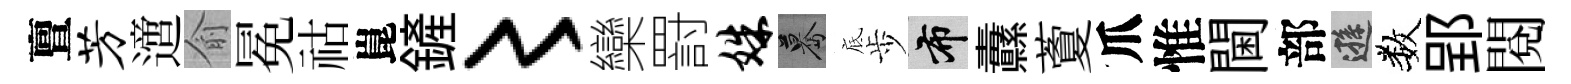
亶芳𨗁俞冕祜崑鏟〻欒罸姝驀底歩布纛藑爪惟閫部遜数郢閲